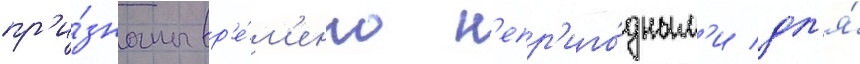
пр'и́знаны вр'е́м'енно н'епр'иго́дным'и дл'я́